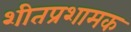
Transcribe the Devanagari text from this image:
शीतप्रशामक